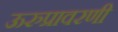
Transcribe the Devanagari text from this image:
ऊरुप्रावरणी